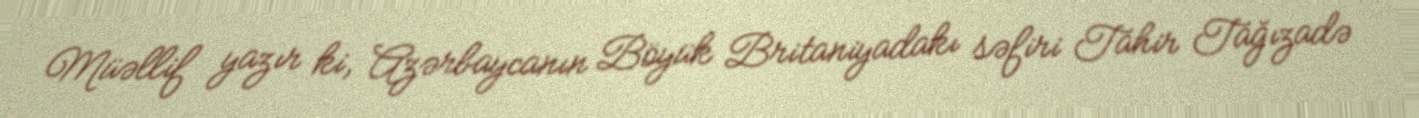
Müəllif yazır ki, Azərbaycanın Böyük Britaniyadakı səfiri Tahir Tağızadə